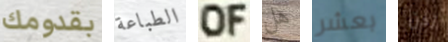
بقدومك الطباعة OF هل بعشر إذن